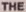
THE